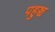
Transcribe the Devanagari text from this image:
पहुञ्च